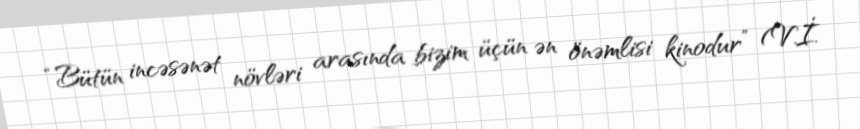
“Bütün incəsənət növləri arasında bizim üçün ən önəmlisi kinodur” (V.İ.